Riigikantselei, lk 114
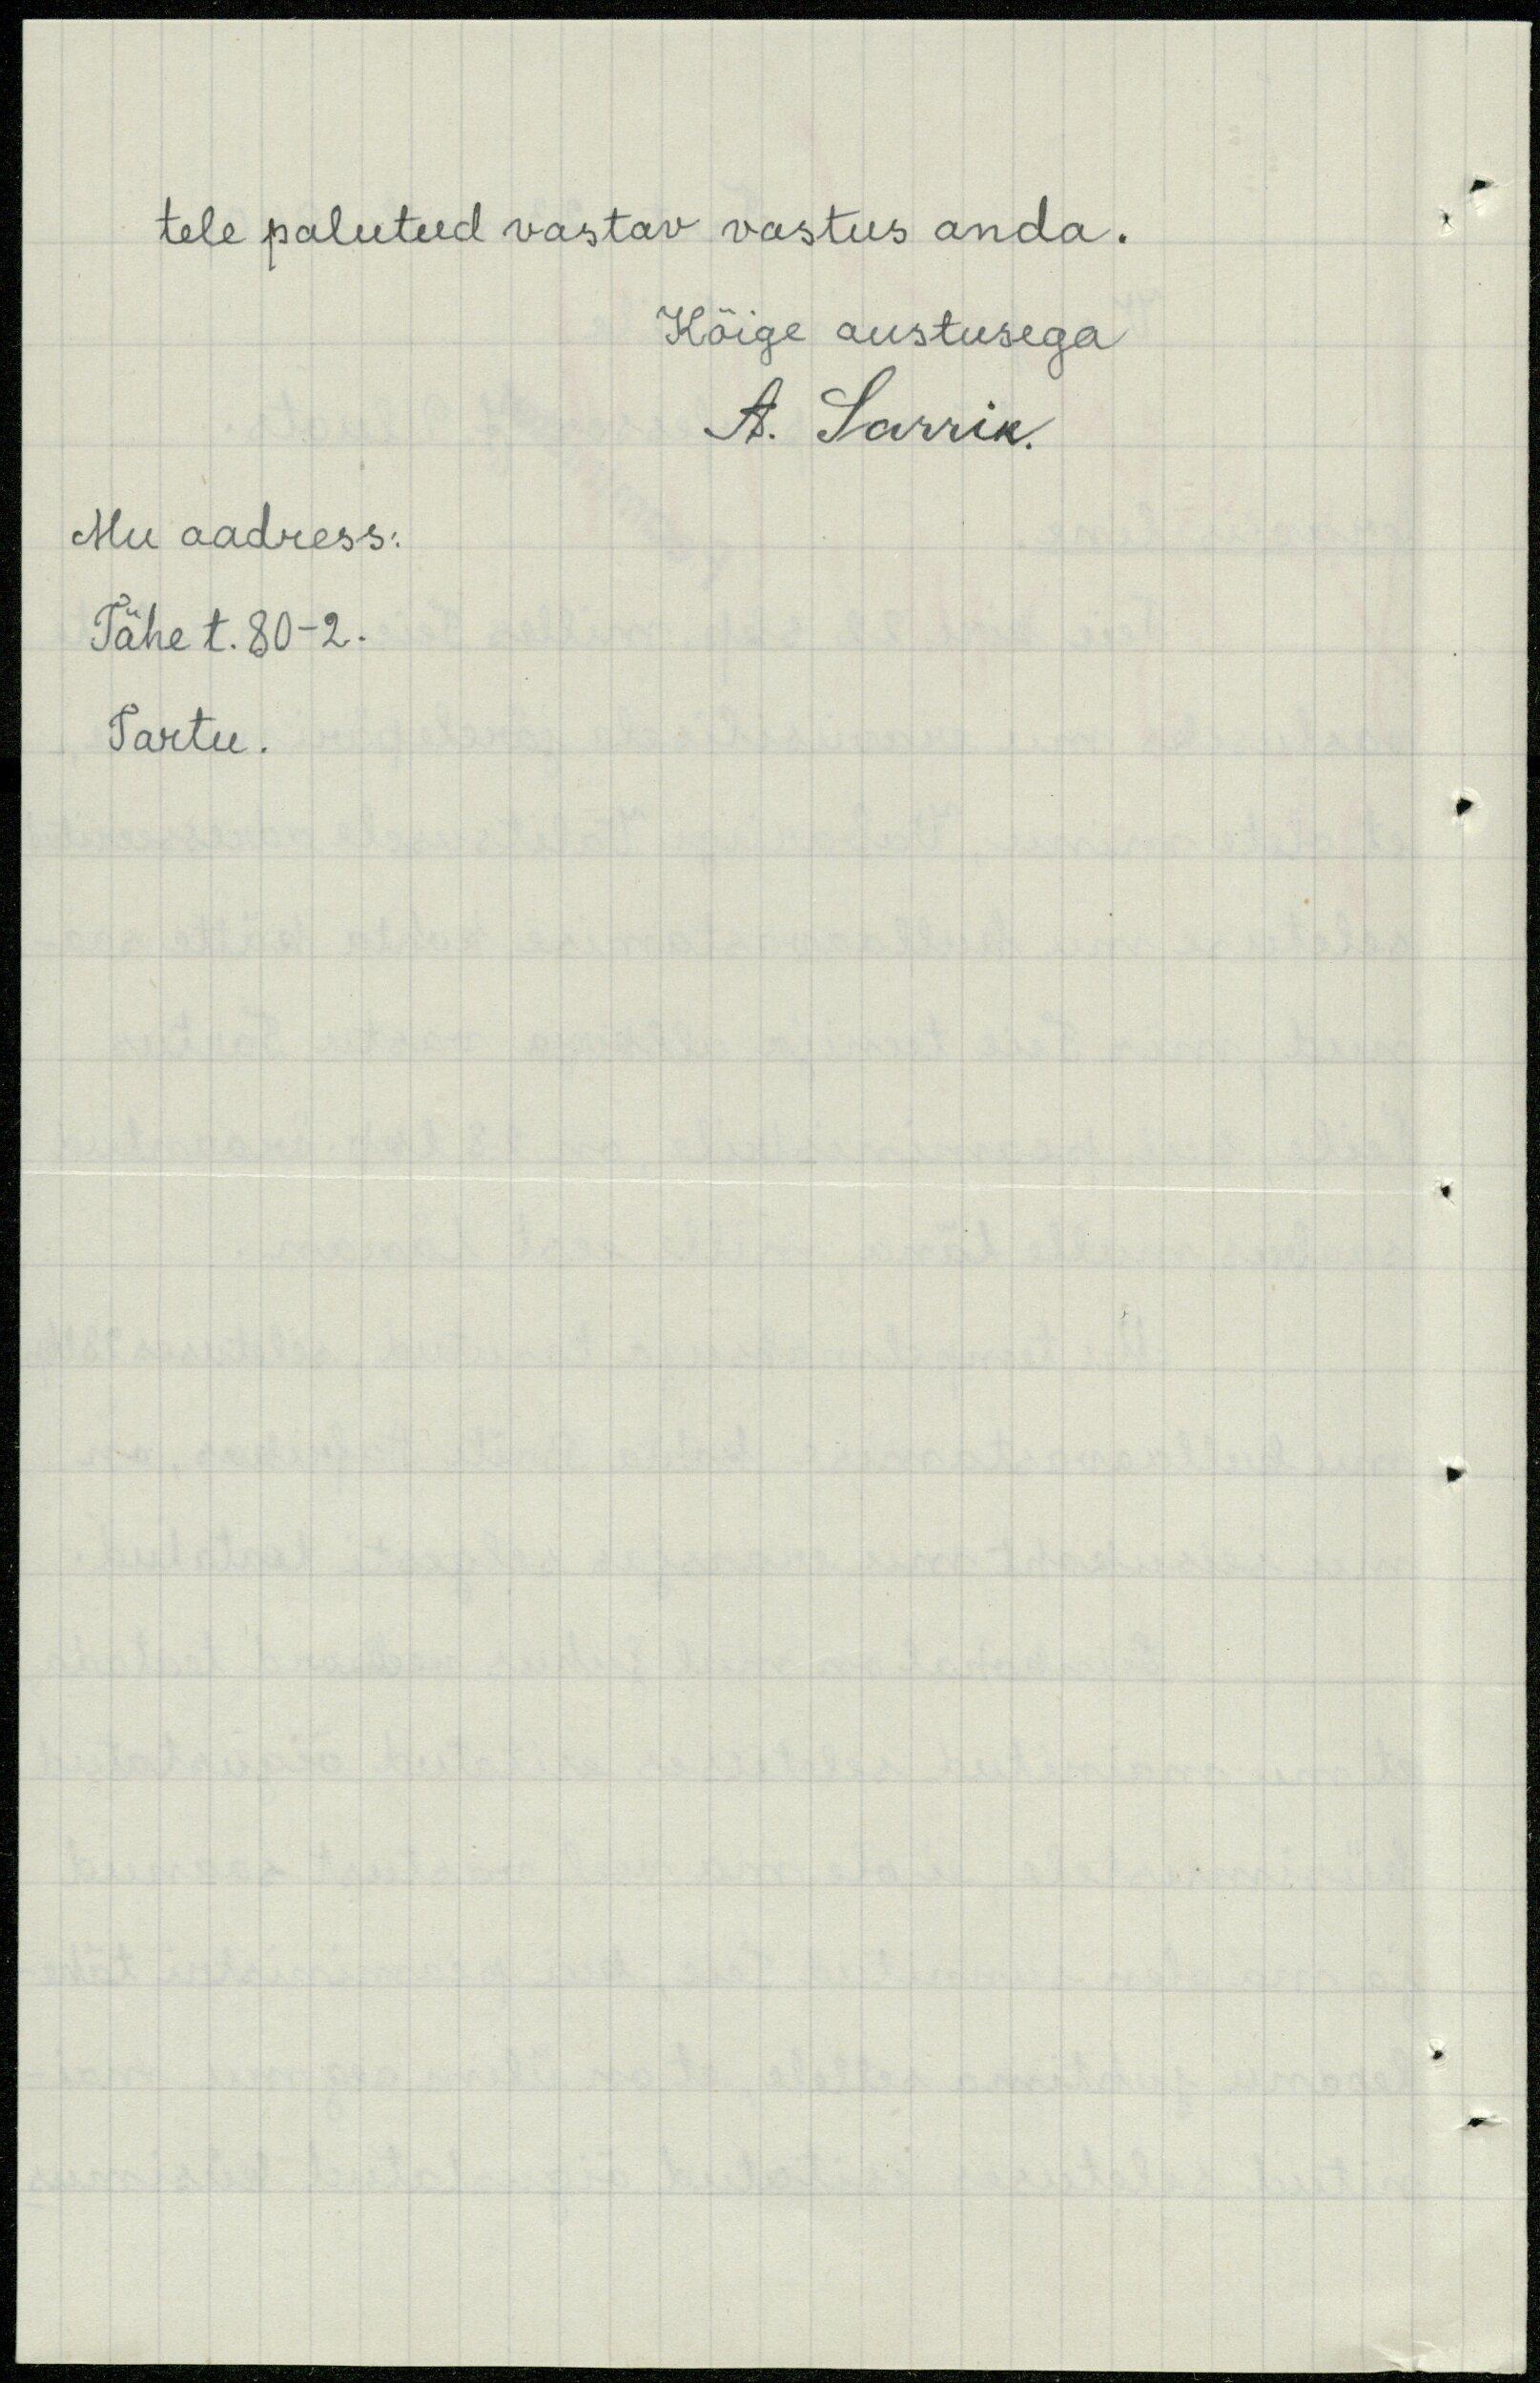
tele palutud vastav vastus anda.
Kõige austusega
A. Sarrik.
Mu aadress:
Tähe t. 80 -2.
Tartu.